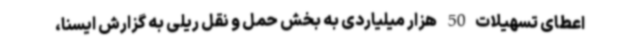
اعطای تسهیلات 50  هزار میلیاردی به بخش حمل و نقل ریلی به گزارش ایسنا،